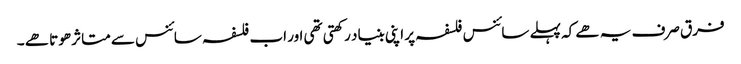
فرق صرف یہ ھے کہ پہلے سائنس فلسفہ پر اپنی بنیاد رکھتی تھی اور اب فلسفہ سائنس سے متاثر ھوتا ھے ۔